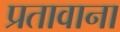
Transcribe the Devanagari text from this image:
प्रतावाना